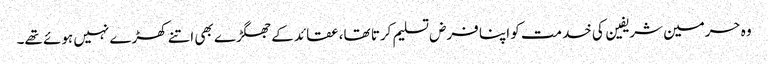
وہ حرمین شریفین کی خدمت کو اپنا فرض تسلیم کرتا تھا، عقائد کے جھگڑے بھی اتنے کھڑے نہیں ہوئے تھے۔